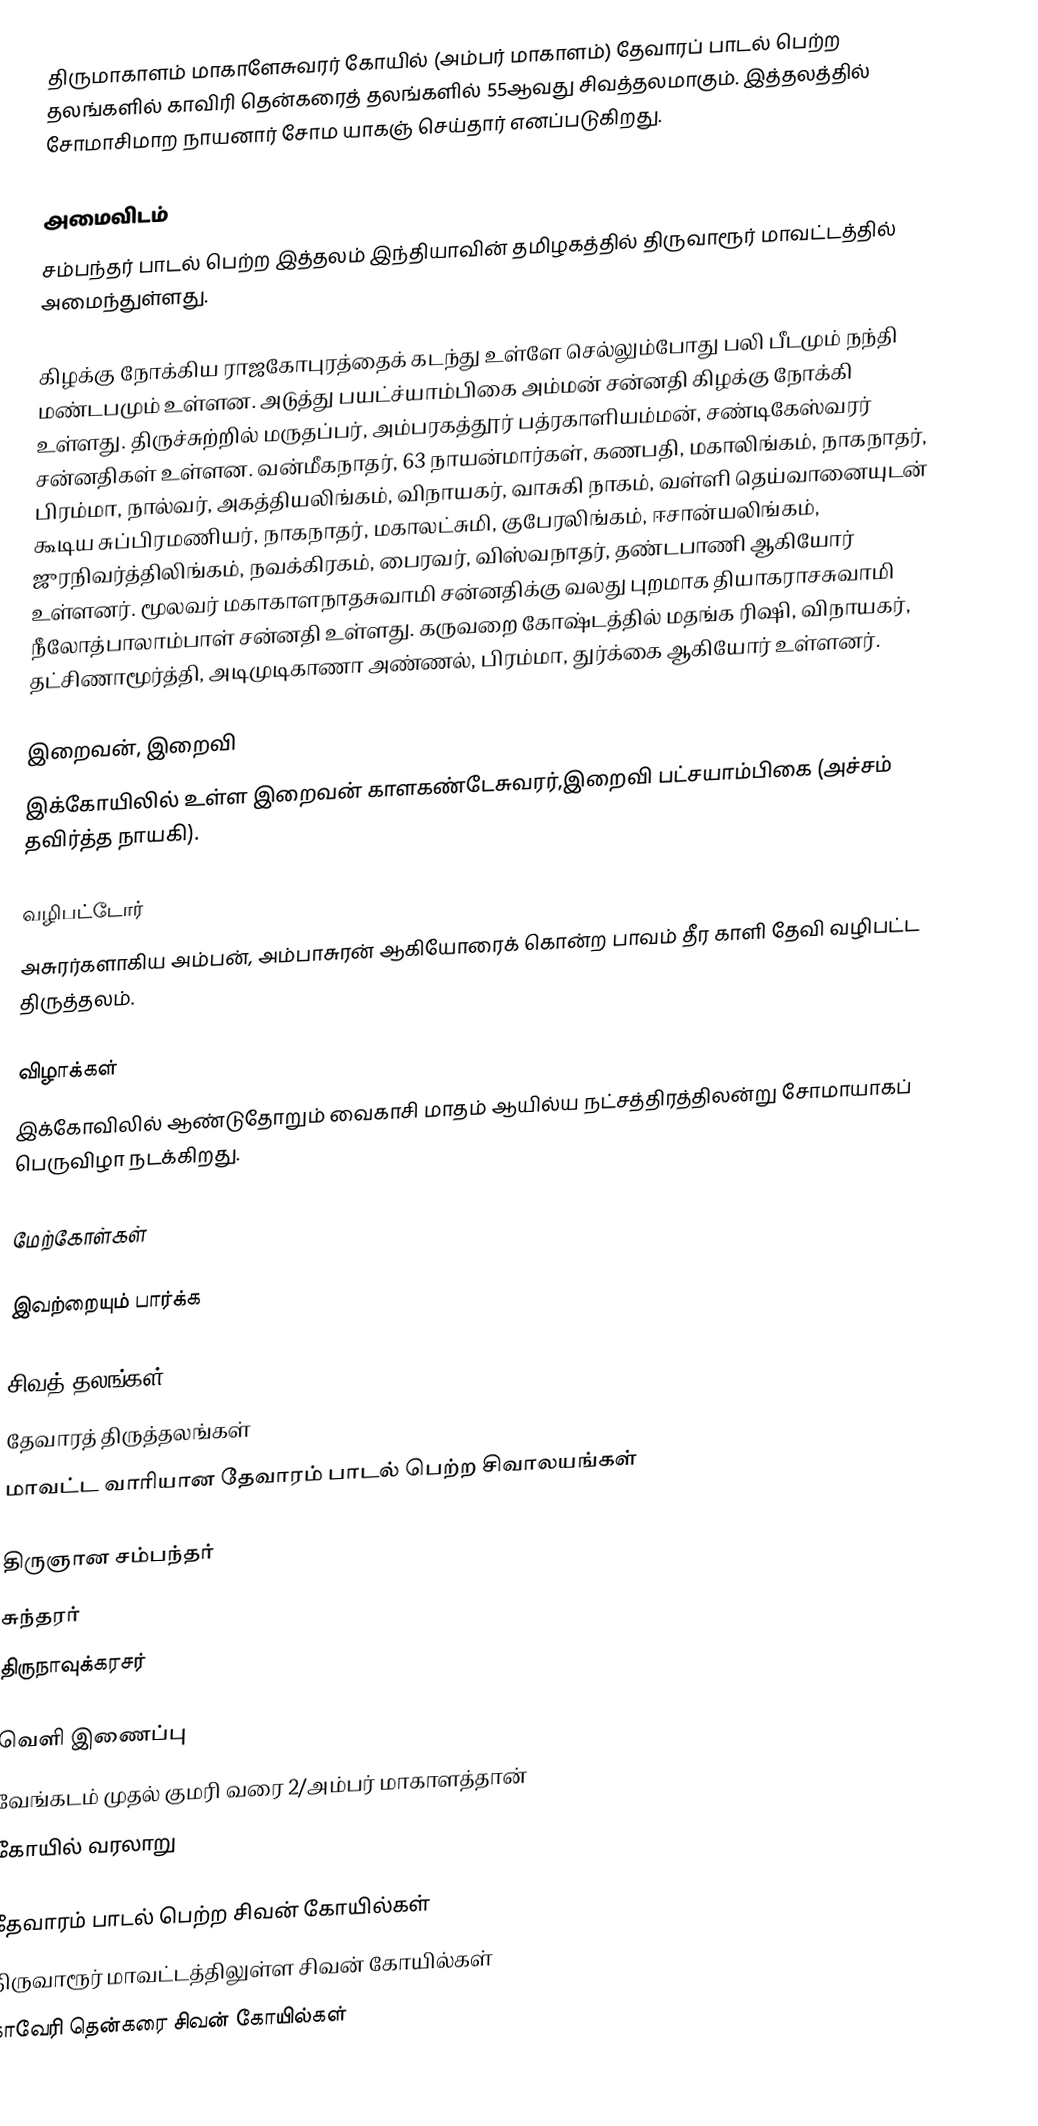
திருமாகாளம் மாகாளேசுவரர் கோயில் (அம்பர் மாகாளம்) தேவாரப் பாடல் பெற்ற தலங்களில் காவிரி தென்கரைத் தலங்களில் 55ஆவது சிவத்தலமாகும்.  இத்தலத்தில்  சோமாசிமாற நாயனார் சோம யாகஞ் செய்தார் எனப்படுகிறது.

அமைவிடம்
சம்பந்தர் பாடல் பெற்ற இத்தலம் இந்தியாவின் தமிழகத்தில் திருவாரூர் மாவட்டத்தில் அமைந்துள்ளது.

 கிழக்கு நோக்கிய ராஜகோபுரத்தைக் கடந்து உள்ளே செல்லும்போது பலி பீடமும் நந்தி மண்டபமும் உள்ளன. அடுத்து பயட்ச்யாம்பிகை  அம்மன் சன்னதி கிழக்கு நோக்கி உள்ளது.  திருச்சுற்றில் மருதப்பர், அம்பரகத்தூர் பத்ரகாளியம்மன், சண்டிகேஸ்வரர் சன்னதிகள் உள்ளன.  வன்மீகநாதர், 63 நாயன்மார்கள், கணபதி, மகாலிங்கம், நாகநாதர், பிரம்மா, நால்வர், அகத்தியலிங்கம், விநாயகர், வாசுகி நாகம், வள்ளி தெய்வானையுடன் கூடிய சுப்பிரமணியர், நாகநாதர், மகாலட்சுமி, குபேரலிங்கம், ஈசான்யலிங்கம், ஜுரநிவர்த்திலிங்கம், நவக்கிரகம்,  பைரவர், விஸ்வநாதர், தண்டபாணி ஆகியோர் உள்ளனர். மூலவர் மகாகாளநாதசுவாமி சன்னதிக்கு வலது புறமாக தியாகராசசுவாமி நீலோத்பாலாம்பாள் சன்னதி உள்ளது. கருவறை கோஷ்டத்தில் மதங்க ரிஷி, விநாயகர், தட்சிணாமூர்த்தி, அடிமுடிகாணா அண்ணல், பிரம்மா, துர்க்கை ஆகியோர் உள்ளனர்.

இறைவன், இறைவி
இக்கோயிலில் உள்ள இறைவன் காளகண்டேசுவரர்,இறைவி பட்சயாம்பிகை (அச்சம் தவிர்த்த நாயகி).

வழிபட்டோர்
அசுரர்களாகிய அம்பன், அம்பாசுரன் ஆகியோரைக் கொன்ற பாவம் தீர காளி தேவி வழிபட்ட திருத்தலம்.

விழாக்கள்
இக்கோவிலில் ஆண்டுதோறும் வைகாசி மாதம் ஆயில்ய நட்சத்திரத்திலன்று சோமாயாகப் பெருவிழா நடக்கிறது.

மேற்கோள்கள்

இவற்றையும் பார்க்க

 சிவத் தலங்கள்
 தேவாரத் திருத்தலங்கள்
 மாவட்ட வாரியான தேவாரம் பாடல் பெற்ற சிவாலயங்கள்

 திருஞான சம்பந்தர்
 சுந்தரர்
 திருநாவுக்கரசர்

வெளி இணைப்பு
வேங்கடம் முதல் குமரி வரை 2/அம்பர் மாகாளத்தான்
 கோயில் வரலாறு

தேவாரம் பாடல் பெற்ற சிவன் கோயில்கள்
திருவாரூர் மாவட்டத்திலுள்ள சிவன் கோயில்கள்
காவேரி தென்கரை சிவன் கோயில்கள்